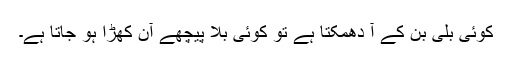
کوئی بلی بن کے آ دھمکتا ہے تو کوئی بلا پیچھے آن کھڑا ہو جاتا ہے۔